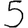
Digit: 5